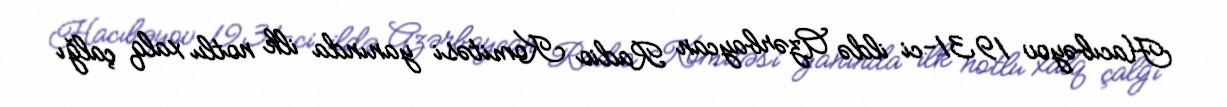
Hacıbəyov 1931-ci ildə Azərbaycan Radio Komitəsi yanında ilk notlu xalq çalğı